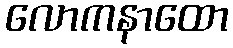
လောကနာထော